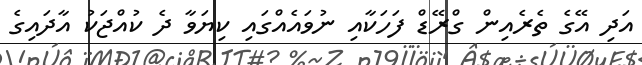
އަދި އޭގެ ތެރެއިން ގްރޭޑް ފަހަކާއި ނުވައެއްގައި ކިޔަވާ ދެ ކުއްޖަކު އާދައިގެ